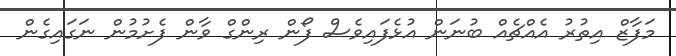
މަފާޒް އިތުރު އެއްޗެއް ބުނަން އުޅެފައިވެސް ފޯން ރިންގް ވާން ފެށުމުން ނަގައިގެން